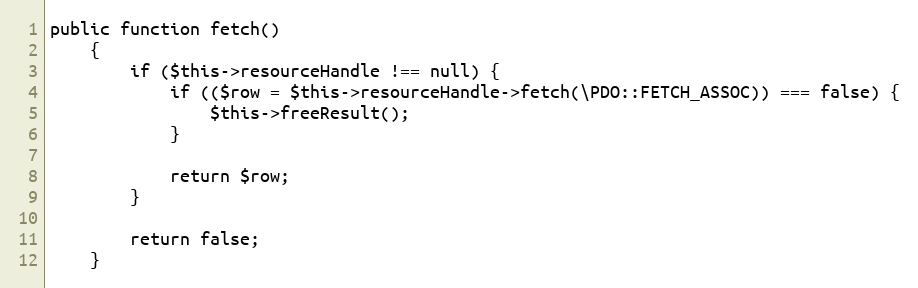
Language: PHP
public function fetch()
    {
        if ($this->resourceHandle !== null) {
            if (($row = $this->resourceHandle->fetch(\PDO::FETCH_ASSOC)) === false) {
                $this->freeResult();
            }

            return $row;
        }

        return false;
    }